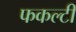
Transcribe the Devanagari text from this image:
फकल्टी